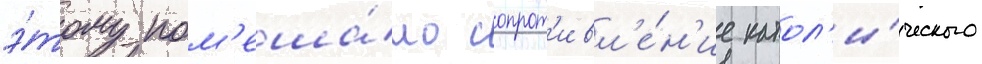
э́тому пом'еша́ло сопрот'ивл'е́н'ие катол'и́ческого